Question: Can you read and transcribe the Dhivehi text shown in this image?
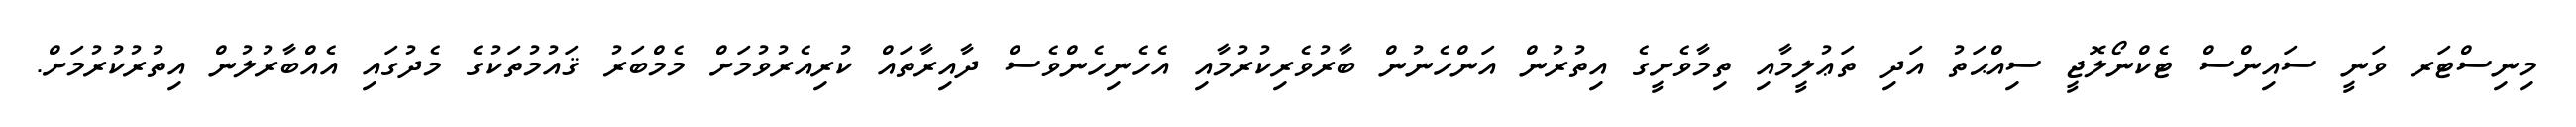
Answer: މިނިސްޓަރ ވަނީ ސައިންސް ޓެކްނޯލޮޖީ ސިއްޙަތު އަދި ތަޢުލީމާއި ތިމާވެށީގެ އިތުރުން އަންހެނުން ބާރުވެރިކުރުމާއި އެހެނިހެންވެސް ދާއިރާތައް ކުރިއެރުވުމަށް މެމްބަރު ޤައުމުތަކުގެ މެދުގައި އެއްބާރުލުން އިތުރުކުރުމަށް.